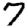
Digit: 7